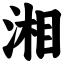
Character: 湘